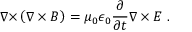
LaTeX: { \boldsymbol { \nabla \times } } \left( { \boldsymbol { \nabla \times B } } \right) = \mu _ { 0 } \epsilon _ { 0 } { \frac { \partial } { \partial t } } { \boldsymbol { \nabla \times E } } \ .